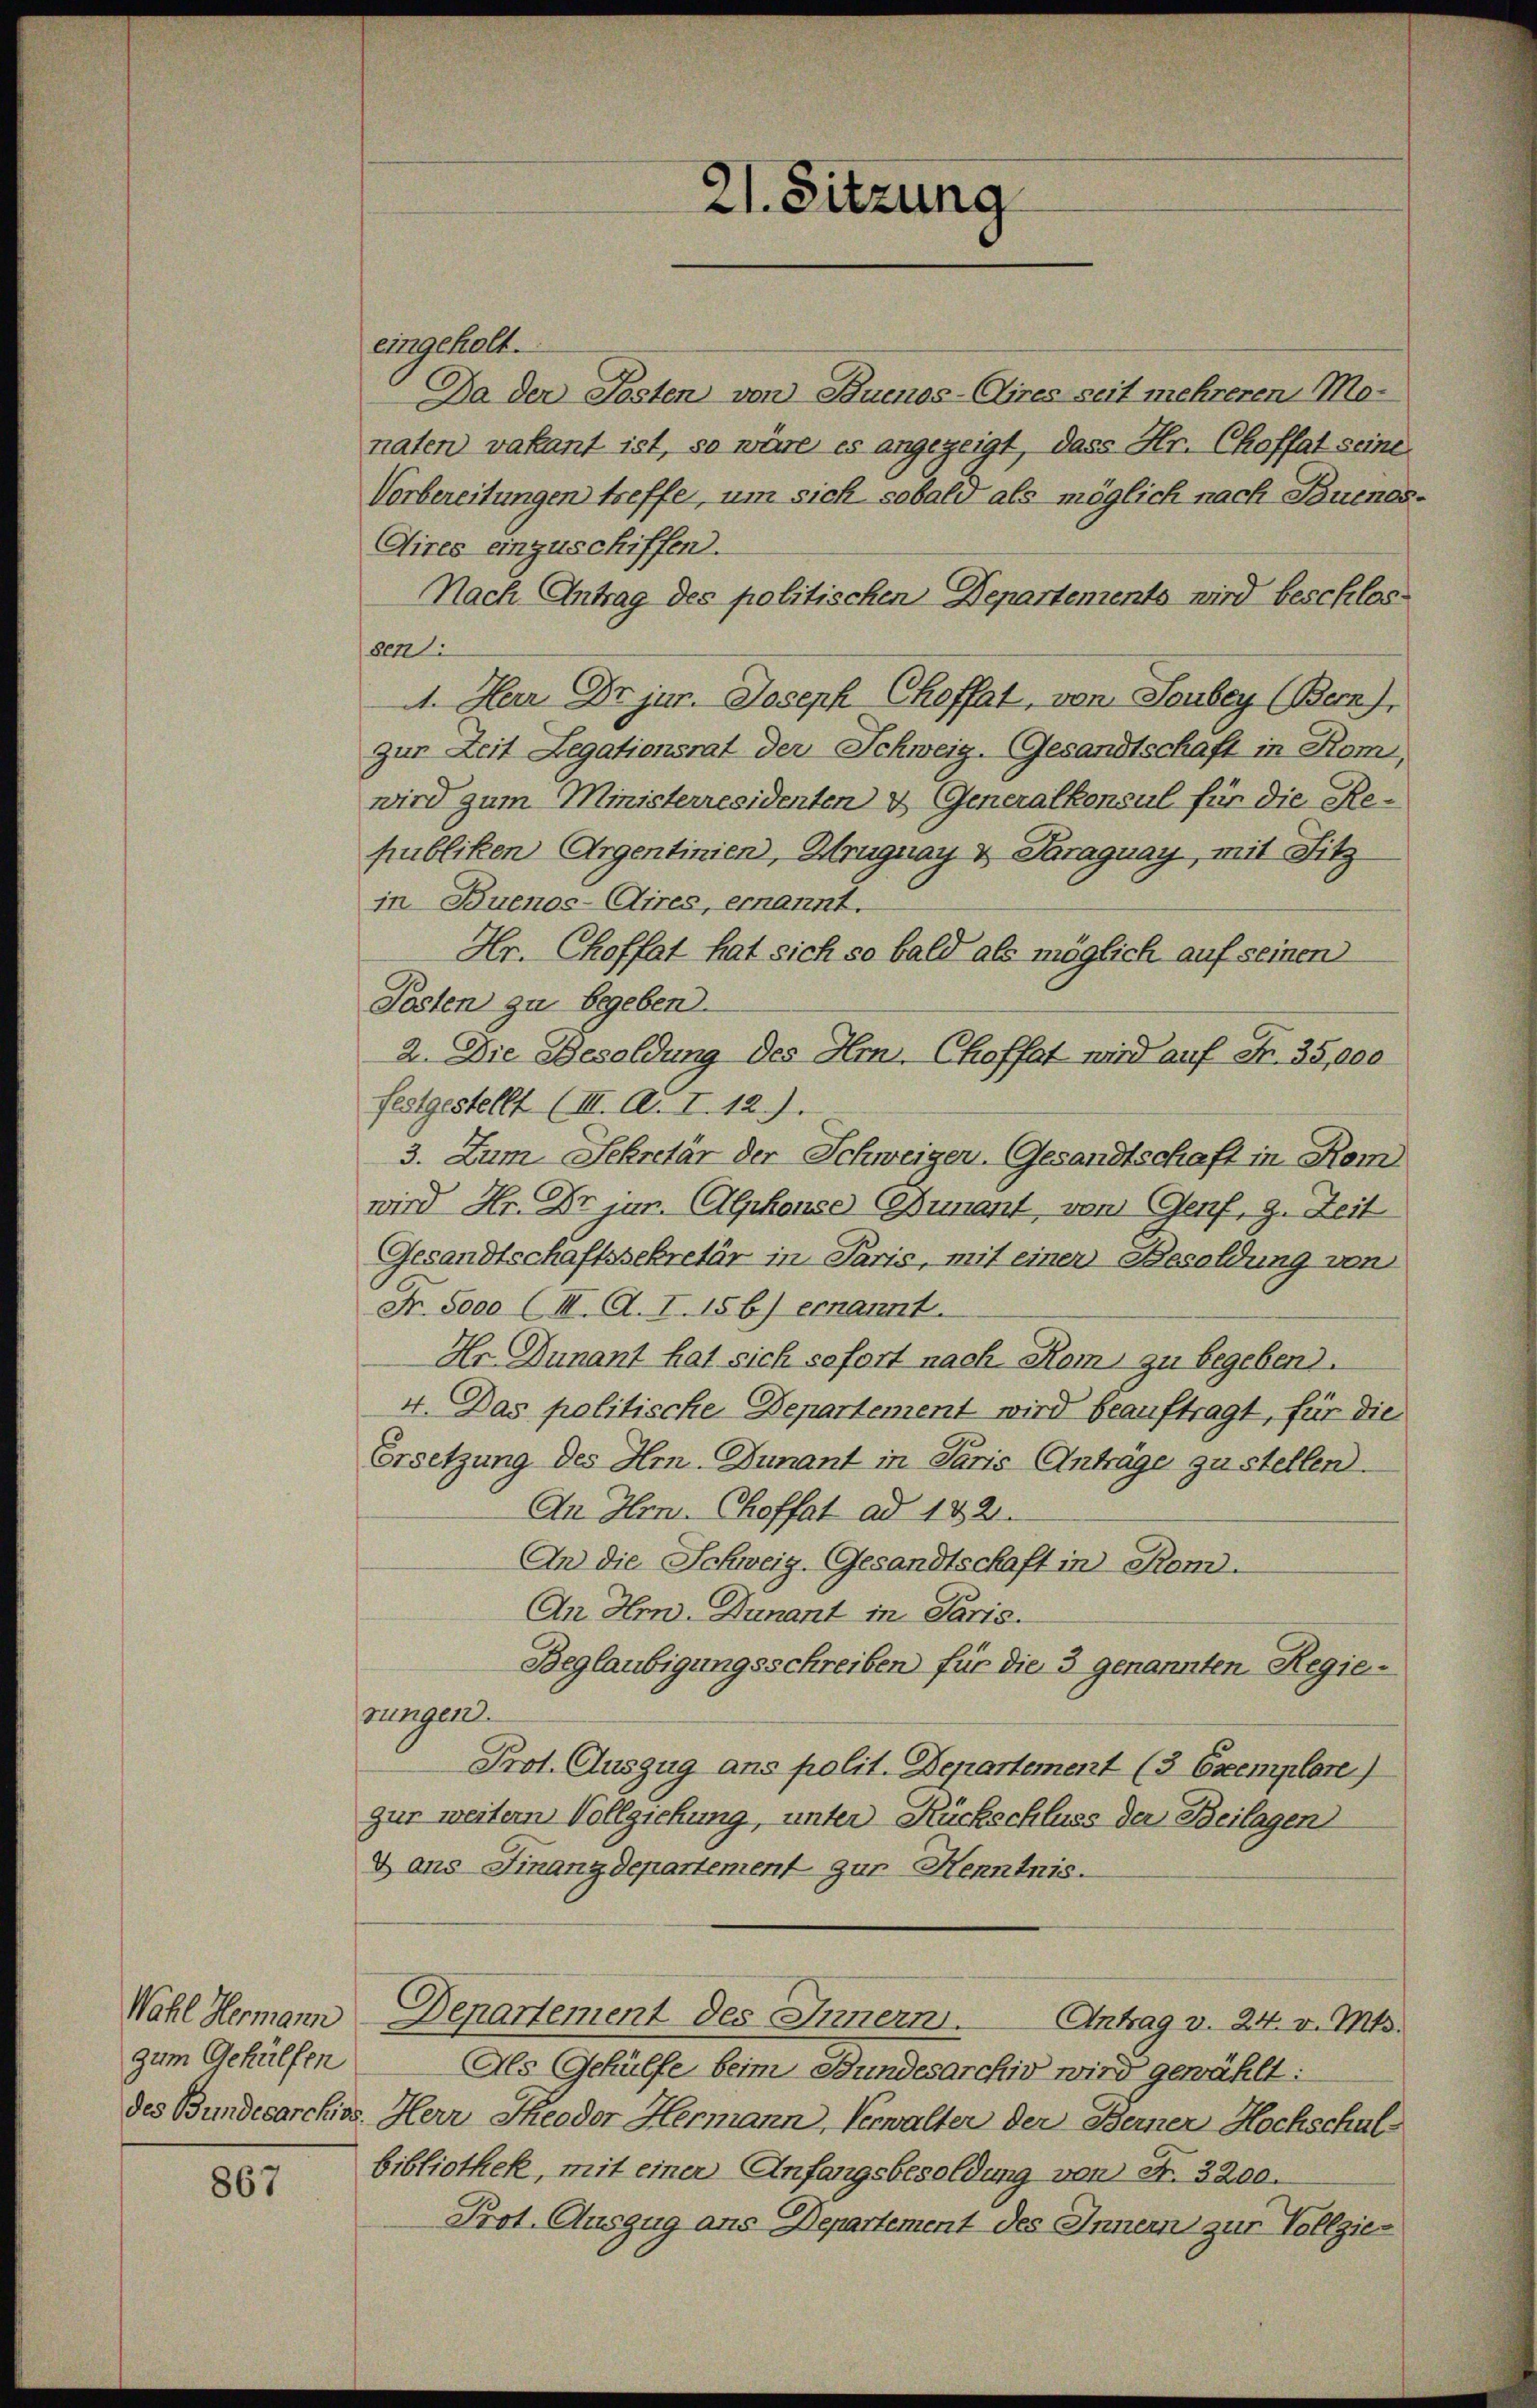
Wahl Hermann
zum Gehülfen

867

eingeholt.
Da der Posten von Buenos-Aires seit mehreren Mo-
naten vakant ist, so wäre es angezeigt, dass Hr. Chofft seine
Vorbereitungen treffe, um sich sobald als möglich nach Buenos¬
Aires einzuschiffen.
Nach Antrag des politischen Departements wird beschlossen:
1. Herr Dr. jur. Joseph Choffat, von Soubey (Bern),
zur Zeit Legationsrat der Schweiz. Gesandtschaft in Rom,
wird zum Ministerresidenten & Generalkonsul für die Re-
publiken Argentinien, Hruguay & Paraguay, mit Sitz
in Buenos-Aires, ernannt.
Hr. Choffat hat sich so bald als möglich auf seinen
Posten zu begeben.
2. Die Besoldung des Hrn. Choffat wird auf Fr. 35,000
festgestellt (III. A. I. 12).
3. Zum Sekretär der Schweigen. Gesandtschaft in Kom
wird Hr. Dr jur. Alphouse (Bunant, von Genf, z. Zeit
Gesandtschaftssekretär in Paris, mit einer Besoldung von
Fr. 5000 (III. A. I. 156) ernannt.
Hr Dunant hat sich sofort nach Kom, zu begeben.
4. Das politische Departement wird beauftragt, für die
Ersetzung des Hrn. Dunant in Paris Anträge zu stellen.
An Hrn. Choffat ad 132.
An die Schweiz. Gesandtschaft in Rom.
An Hrn. Dunant in Paris.
Beglaubigungsschreiben für die 3 genannten Regierungen
Prot. Auszug ans polit. Departement (3 Exemplare)
gur weitern Vollziehung, unter Rückschluss der Beilagen
x ans Finanzdepartement zur Henntnis.
Denartement des Innern. Antrag v. 24. v. Mts.
Als Gehülfe beim Bundesarchiv wird gewählt:
des Bundesarchios. Herr Theodor Hermann, Verwalter der Berner Hochschul-
bibliothek, mit einer Anfangsbesoldung von Fr. 3200.
Prot. Auszug aus Departement des Innern zur Vollzie¬

21. Sitzung